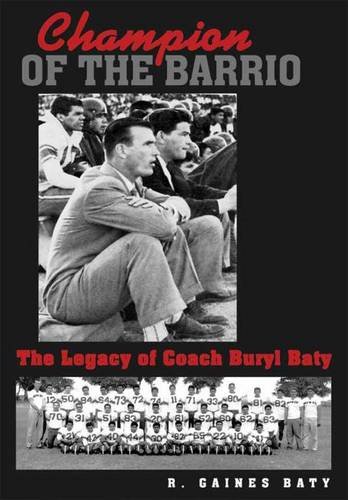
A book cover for Champion of the Barrio: The Legacy of Coach Buryl Baty (Swaim-Paup-Foran Spirit of Sport Series, sponsored by James C. EE74 & Debra Parch); R. Gaines Baty; Biographies & Memoirs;